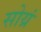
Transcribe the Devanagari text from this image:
सोय्रं